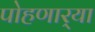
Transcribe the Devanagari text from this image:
पोहणार्‍या